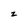
Character: z